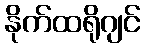
နိုက်ထရိုဂျင်